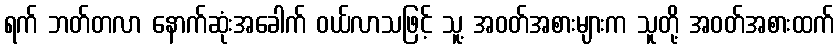
ရက် ဘတ်တလာ နောက်ဆုံးအခေါက် ဝယ်လာသဖြင့် သူ့ အဝတ်အစားများက သူတို့ အဝတ်အစားထက်